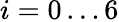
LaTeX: i=0\dots 6